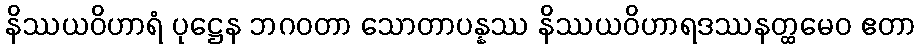
နိဿယဝိဟာရံ ပုဋ္ဌေန ဘဂဝတာ သောတာပန္နဿ နိဿယဝိဟာရဒဿနတ္ထမေဝ ဧတာ